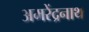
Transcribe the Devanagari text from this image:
अमरेंद्रनाथ